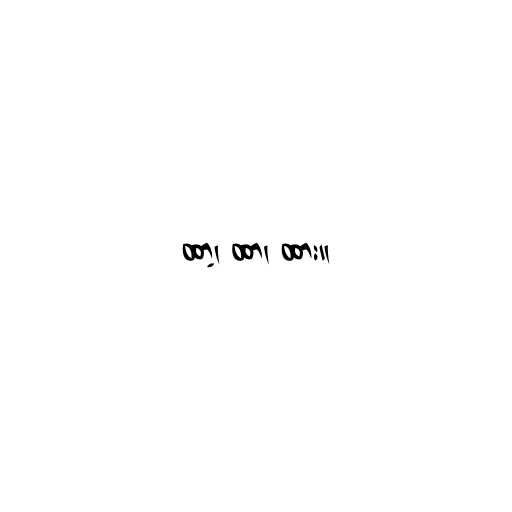
ထာ့၊ ထာ၊ ထား။